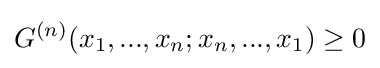
G^{(n)}(x_{1},...,x_{n};x_{n},...,x_{1})\geq 0